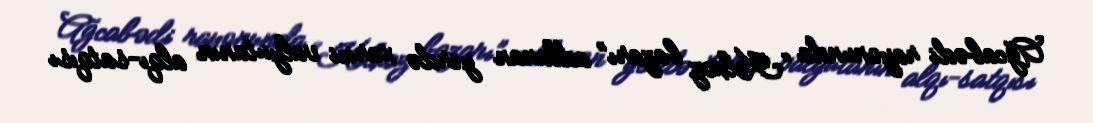
Ağcabədi rayonunda “Kolxoz bazarı” adlanan yerdə xarici valyutanın alqı-satqısı